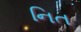
નિત